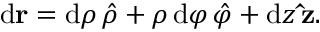
\mathrm { d } \mathbf { r } = \mathrm { d } \rho \, { \boldsymbol { \hat { \rho } } } + \rho \, \mathrm { d } \varphi \, { \boldsymbol { \hat { \varphi } } } + \mathrm { d } z \, \mathbf { \hat { z } } .